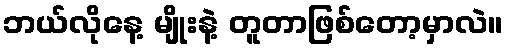
ဘယ်လိုနေ့ မျိုးနဲ့ တူတာဖြစ်တော့မှာလဲ။